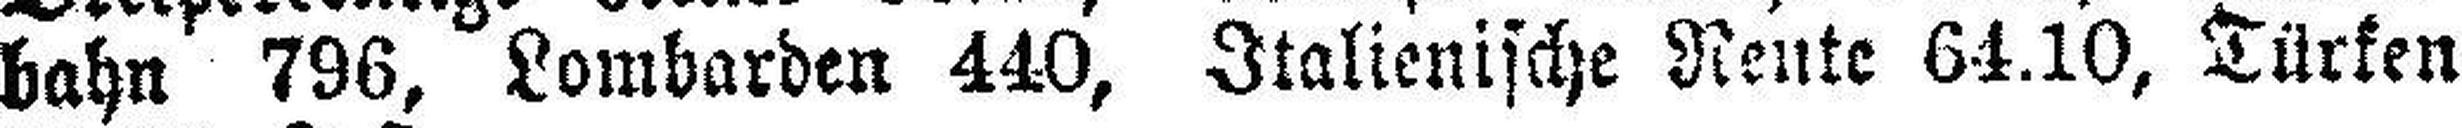
bahn 796, Lombarden 440, Italienische Rente 64.10, Türken